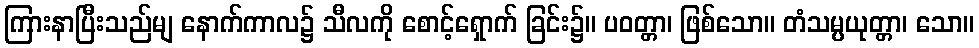
ကြားနာပြီးသည်မျ နောက်ကာလ၌ သီလကို စောင့်ရှောက် ခြင်း၌။ ပဝတ္တာ၊ ဖြစ်သော။ တံသမ္ပယုတ္တာ၊ သော။